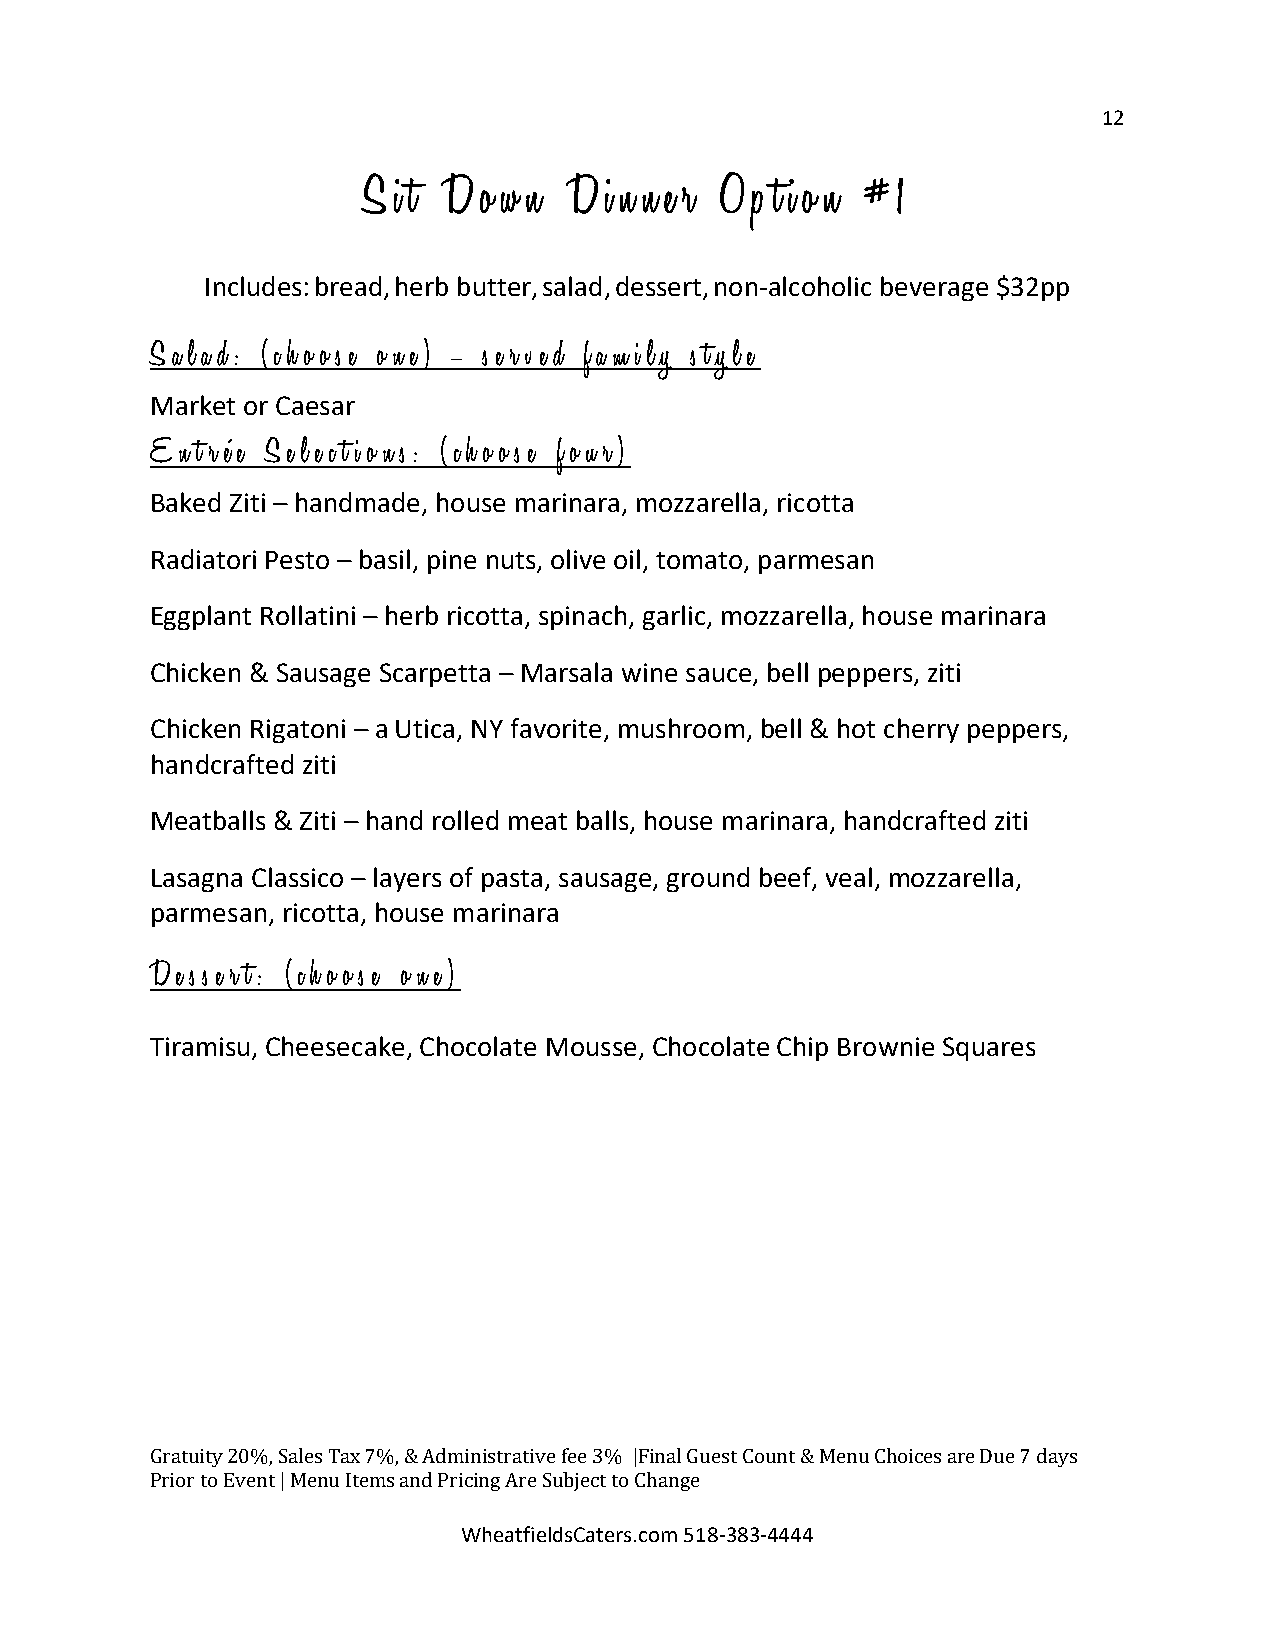
12
 S i t D o w n D i n n e r O p t i o n # 1
 Includes:bread,herb butter,salad,dessert,non-alcoholic beverage $32pp
 S a l a d : ( c h o o s e o n e ) – s e r v e d f a m i l y s t y l e
 Market or Caesar
 E n t r é e S e l e c t i o n s : ( c h o o s e f o u r )
 Baked Ziti – handmade, house marinara, mozzarella, ricotta
 Radiatori Pesto – basil, pine nuts, olive oil, tomato, parmesan
 Eggplant Rollatini – herb ricotta, spinach, garlic, mozzarella, house marinara
 Chicken & Sausage Scarpetta – Marsala wine sauce, bell peppers, ziti
 Chicken Rigatoni – a Utica, NY favorite, mushroom, bell & hot cherry peppers,
 handcrafted ziti
 Meatballs & Ziti – hand rolled meat balls, house marinara, handcrafted ziti
 Lasagna Classico – layers of pasta, sausage, ground beef, veal, mozzarella,
 parmesan, ricotta, house marinara
 D e s s e r t : ( c h o o s e o n e )
 Tiramisu, Cheesecake, Chocolate Mousse, Chocolate Chip Brownie Squares
 G ratuity 20%, Sales Tax 7%, & Administrative fee 3% |Final Guest Count & Menu Choices are Due 7 days
 Prior to Event | Menu Items and Pri Wcin hg
 e
 aA tr fe
 ie
 S ldub sCje ac tt
 e
 t ro
 s
 .C ch oa mn g 5e
 1 8 -383-4444